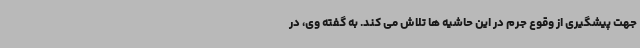
جهت پیشگیری از وقوع جرم در این حاشیه ها تلاش می کند. به گفته وی، در